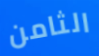
الثامن